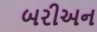
બરીઅન